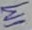
Text: 1M